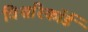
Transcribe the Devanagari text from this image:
विश्वरिकॉर्ड